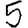
Digit: 5